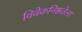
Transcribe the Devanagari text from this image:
विवेकनिष्ठतेला